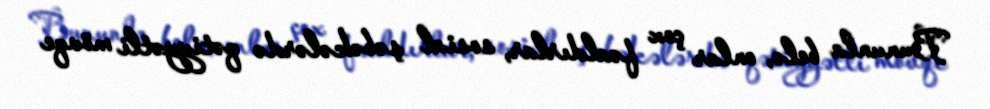
Bununla belə, onlar çox fəaldırlar, sosial şəbəkələrdə qətiyyətli mövqe